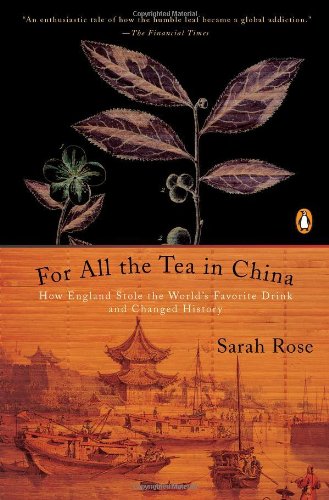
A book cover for For All the Tea in China: How England Stole the World's Favorite Drink and Changed History; Sarah Rose; Cookbooks, Food & Wine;